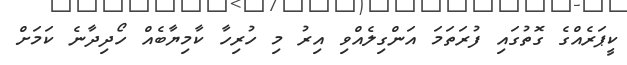
ކީޕަރެއްގެ ގޮތުގައި ފުރަތަމަ އަންގިލެއްވި އިރު މި ހުރިހާ ކާމިޔާބެއް ހޯދިދާނެ ކަމަށް